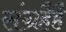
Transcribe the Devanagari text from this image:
संग्रहैहै